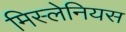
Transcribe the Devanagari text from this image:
मिस्लेनियस